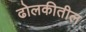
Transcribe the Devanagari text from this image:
ढोलकीतील